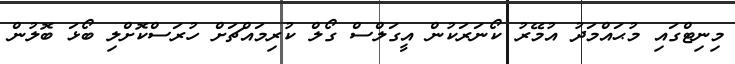
މިނިޓްގައި މުޙައްމަދު އުމޭރު ކޯނަރަކުން އީގަލްސް ގޯލް ކުރިމައްޗަށް ހުރަސްކޮށްލި ބޯޅަ ބޮލުން